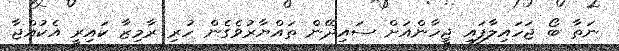
ނަތާ ބޯ ޖަހައިލާފައި ޖީހާންއަށް ސައިދޭން ތައްޔާރުވެގެން ހުރި ރާމިޒާ ކައިރީ އެކުއްޖާ